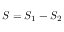
S = S _ { 1 } - S _ { 2 }